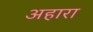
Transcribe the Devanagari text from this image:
अहारा